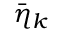
\bar { \eta } _ { k }